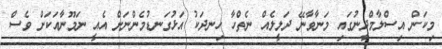
މިކަން އިސްލާމްދީނުގައި މަނާވާނޭ ދަލީލެއް ނެތްހާ ހިނދަކު އަޅުގަނޑުމެންނަށް އެއީ ނަމޫނާއަކަށް ވެސް